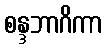
စန္ဒဘာဂိကာ